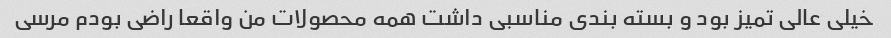
خیلی عالی تمیز بود و بسته بندی مناسبی داشت همه محصولات من واقعا راضی بودم مرسی